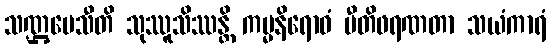
သဏ္ဌပေသီတိ သုဿူသိဿန္တိ ကမ္မနိရောဓံ ပီတိဖရဏတာ သယံကာရံ